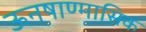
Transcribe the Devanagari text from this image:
ऊनषाण्मासिक